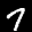
Label: 7